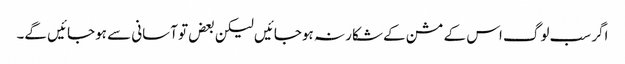
اگر سب لوگ اس کے مشن کے شکار نہ ہوجائیں لیکن بعض تو آسانی سے ہوجائیں گے۔